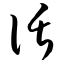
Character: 话